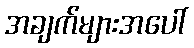
အချက်များအပေါ်